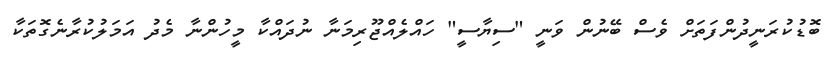
ބޮޑުކުރަނީދުންފަތަށް ވެސް ބޭނުން ވަނީ "ސިޔާސީ" ހައްލެއްޖޫރިމަނާ ނުދައްކާ މީހުންނާ މެދު އަމަލުކުރާނެގޮތަކާ